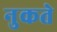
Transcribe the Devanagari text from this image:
नुकते